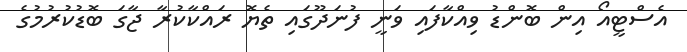
އެސްޓީއޯ އިން ބޮންޑު ވިއްކާފައި ވަނީ ފުނަދޫގައި ތެޔޮ ރައްކާކުރާ ޖާގަ ބޮޑުކުރުމުގެ